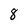
Character: 8